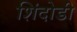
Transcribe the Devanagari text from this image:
शिंदोडी